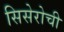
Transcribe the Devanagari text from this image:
सिसेरोची